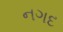
નગદ